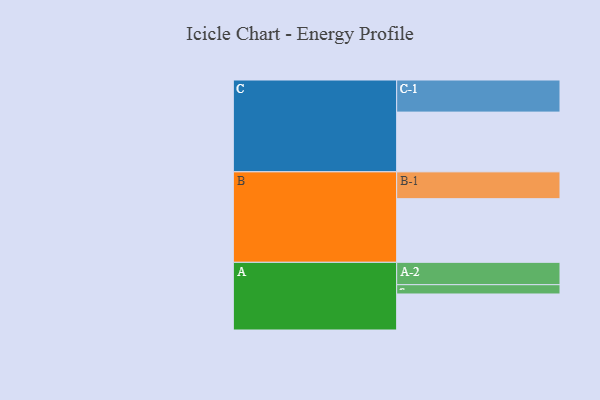
{"axis": {"x": "Segment", "y": "Value"}, "legend": ["", "A", "B", "C"], "data": [{"x": "A", "y": 322, "type": ""}, {"x": "B", "y": 569, "type": ""}, {"x": "C", "y": 534, "type": ""}, {"x": "A-1", "y": 83, "type": "A"}, {"x": "A-2", "y": 200, "type": "A"}, {"x": "B-1", "y": 240, "type": "B"}, {"x": "C-1", "y": 287, "type": "C"}]}